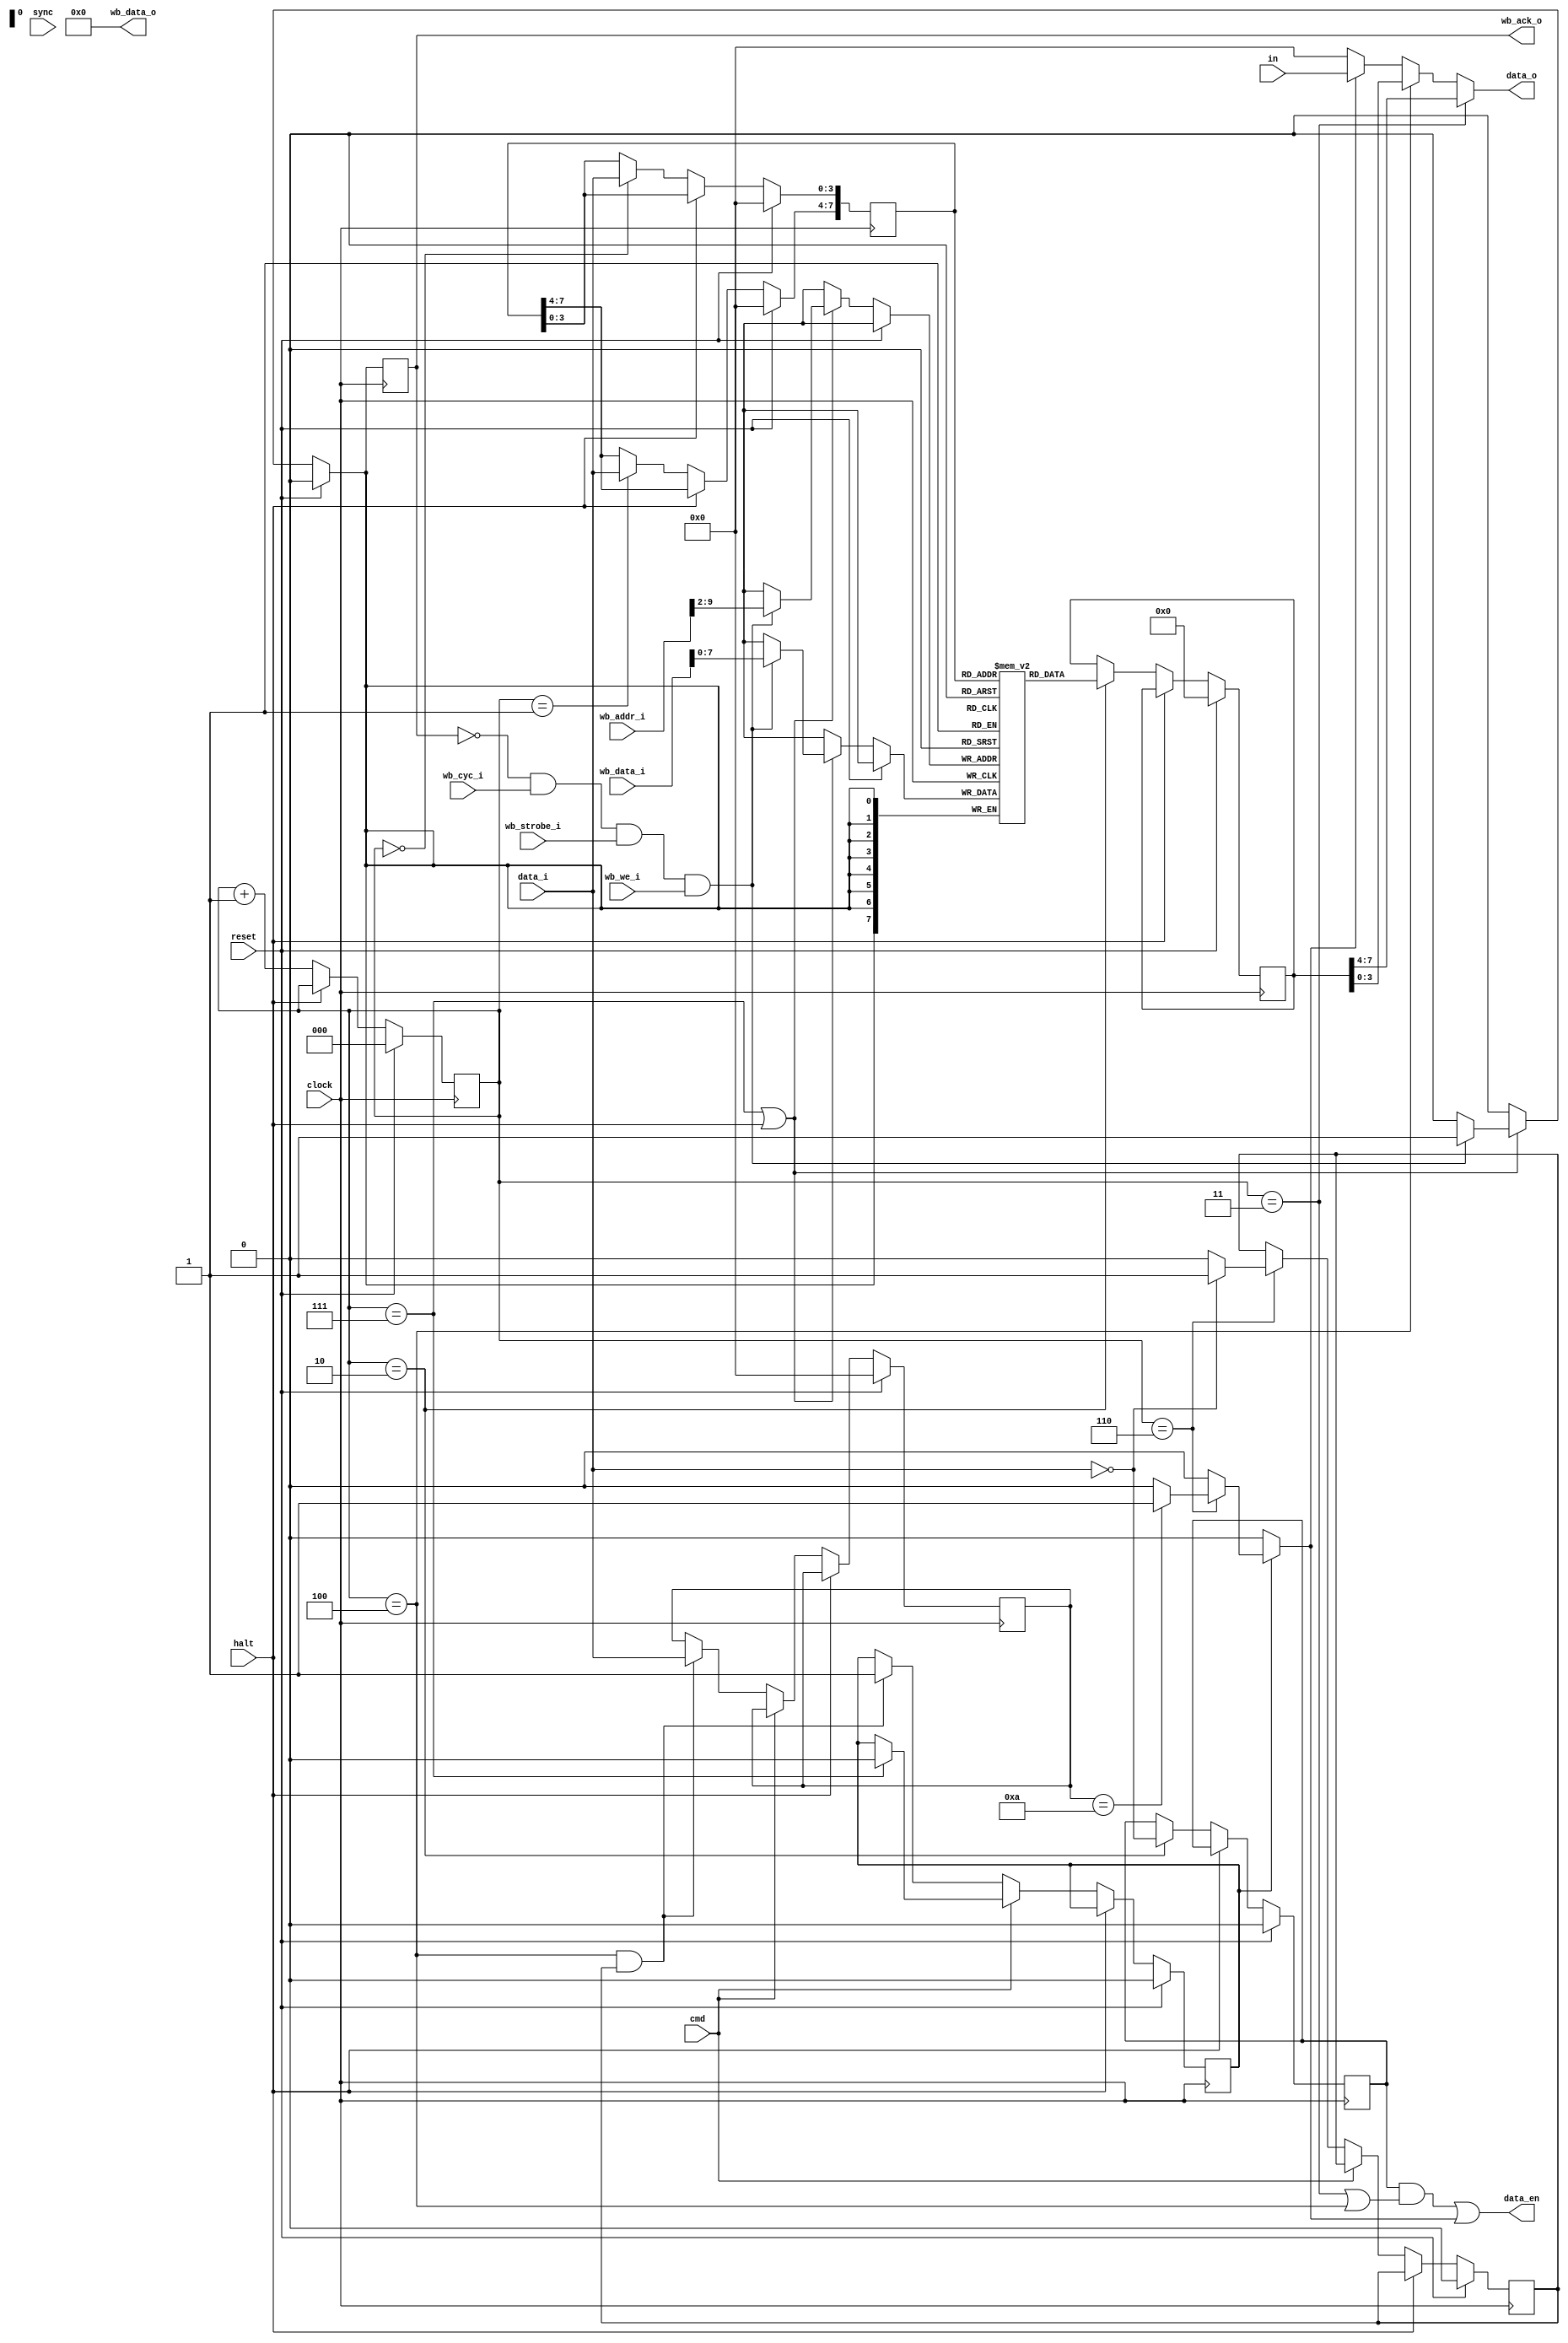
`default_nettype none

module test_rom(
    input clock,
    input reset,
    input halt,
    input [3:0] data_i,
    output [3:0] data_o,
    output data_en,
    input sync,
    input cmd,
    input [3:0] in,

    // wishbone backdoor
    input [31:0] wb_data_i,
    input [31:0] wb_addr_i,
    input wb_cyc_i,
    input wb_strobe_i,
    input wb_we_i,
    output [31:0] wb_data_o,
    output reg wb_ack_o
);

parameter CHIP_ID = 4'h0;
parameter ROM_FILE = "";

// TODO: parameter for i/o?

// TODO: should this be a module parameter?
`ifndef ROM_CAPACITY
`define ROM_CAPACITY (256)
`endif
localparam ADDR_BITS = $clog2(`ROM_CAPACITY);


reg [7:0] addr_lo;
reg [2:0] cycle;

reg [7:0] memory [`ROM_CAPACITY-1:0];
reg [7:0] memory_o;

wire [11:0] addr_full;
wire [ADDR_BITS-1:0] addr;

// valid only during subcycle 2
assign addr_full = {data_i, addr_lo};
assign addr = addr_full[ADDR_BITS-1:0];

always @(posedge clock) begin
    if (reset) begin
        memory_o <= 0;
    end else if (!halt) begin
        // read the memory into a register during cycle 2
        // so it is ready to output on cycle 3 & 4
        if (cycle == 3'h2) begin
            memory_o <= memory[addr];
        end
    end
end

`ifndef ROM_HEX_FILE_BASE
`define ROM_HEX_FILE_BASE "rom.hex"
`endif

initial begin
    if (ROM_FILE != "") begin
        $readmemh(ROM_FILE, memory);
    end
end

always @(posedge clock) begin
    if (reset) begin
        cycle <= 3'b0;
    end
    else if (!halt) begin
        cycle <= cycle + 1;
    end
end

reg ce;
always @(posedge clock) begin
    if (reset) begin
        ce <= 0;
    end
    else if (!halt) begin
        if (cycle == 3'h2) begin
            ce <= (data_i == CHIP_ID);
        end
    end
end


always @(posedge clock) begin
    if (reset) begin
        addr_lo <= 0;
    end
    else if (!halt) begin
        addr_lo[ 3:0] <= (cycle == 3'h0) ? data_i : addr_lo[ 3:0];
        addr_lo[ 7:4] <= (cycle == 3'h1) ? data_i : addr_lo[ 7:4];
    end
end

integer i;

always @(posedge clock) begin
    if (reset) begin
        `ifdef WITH_ROM_RESET
        for (i = 0; i < `ROM_CAPACITY; i++) begin
            memory[i] <= 0;
        end
        `endif
    end
end

reg [3:0] inst;
reg inst_active;
reg src_active;
reg selected;

always @(posedge clock) begin
    if (reset) begin
        selected <= 0;
        inst <= 0;
        src_active <= 0;
        inst_active <= 0;
    end else if (!halt) begin
        if (cmd == 0) begin
            if (cycle == 3'h6) begin
                // SRC
                if (data_i[3:0] == CHIP_ID) begin
                    selected <= 1;
                    src_active <= 1;
                end else begin
                    selected <= 0;
                end
            end
            if ((cycle == 3'h4) && selected) begin
                inst <= data_i;
                inst_active <= 1;
            end
        end else if (cycle == 3'h7) begin
            src_active <= 0;
            inst_active <= 0;
        end
    end
end

reg [3:0] output_port;
reg write_output_port;
reg input_to_data;

always @(*) begin
    write_output_port = 0;
    input_to_data = 0;
    if (inst_active) begin
        if (cycle == 3'h6) begin
            case (inst)
            4'h2: begin
                write_output_port = 1;
            end
            4'ha: begin
                input_to_data = 1;
            end
            default: begin
            end
            endcase
        end
    end
end

// output port register
always @(posedge clock) begin
    if (reset) begin
        output_port <= 0;
    end
    else if (!halt) begin
        if (write_output_port) begin
            output_port <= data_i;
        end
    end
end


wire [3:0] data_val;

assign data_o = data_val;

// write out ROM data during subcyles 3 and 4
assign data_val = (cycle == 3'h3) ? memory_o[7:4]
                  : ((cycle == 3'h4) ? memory_o[3:0]
                  : input_to_data ? in
                  : 4'b0);
assign data_en = (ce && ((cycle == 3'h3) || (cycle == 3'h4))) || input_to_data;

// wishbone backdoor
always @(posedge clock) begin
    if (reset) begin
        wb_ack_o <= 0;
    end else begin
        wb_ack_o <= 0;
        if ((cycle == 3'h7) || halt) begin
            if (!wb_ack_o && wb_cyc_i && wb_strobe_i && wb_we_i) begin
                // TODO: use full data_i word
                memory[wb_addr_i[ADDR_BITS+1:2]] <= wb_data_i[7:0];
                wb_ack_o <= 1;
            end
        end
    end
end
assign wb_data_o = 0;

`ifdef COCOTB_SIM
`ifdef COCOTB_SIM_ROM_TOP
initial begin
    $dumpfile("rom.vcd");
    $dumpvars;
    for (i = 0; i < 32; i++) begin
        $dumpvars(0, memory[i]);
    end
    #1;
end
`endif
`endif

endmodule